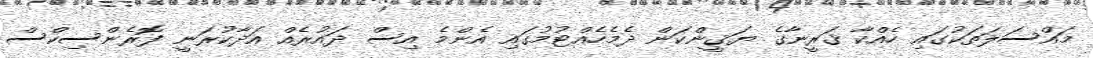
މައްސަލަތަކުގައި ހެއްކާ ޤަރީނާގެ ޔަޤީންކަން ދެމެހެއްޓުމުގައި އެންމެ އިސް ދައުރެއް އަދާކުރަނީ ފޮރެންސިކްސް